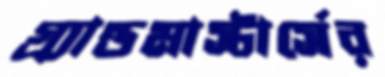
গ্র্যান্ডমাস্টার্সের